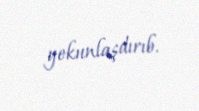
yekunlaşdırıb.